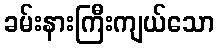
ခမ်းနားကြီးကျယ်သော